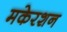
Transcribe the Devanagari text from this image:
मकेरशन